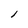
Character: l